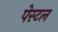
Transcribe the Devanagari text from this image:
पेस्‍टल